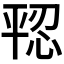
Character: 𪪄